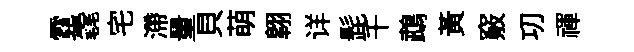
霓毳宅滯量貝萌翺详髭千鵡黄竅㓛禈